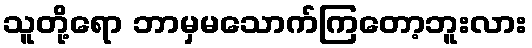
သူတို့ရော ဘာမှမသောက်ကြတော့ဘူးလား